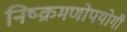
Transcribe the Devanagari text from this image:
निष्क्रमणोपयोगी